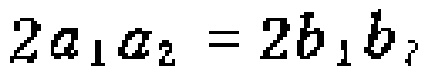
\(2a_{1}a_{2}=2b_{1}b_{2}\)